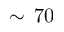
\sim \, 7 0